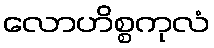
လောဟိစ္စကုလံ